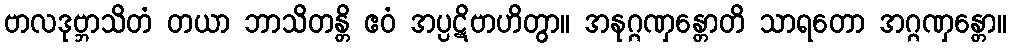
ဗာလဒုဗ္ဘာသိတံ တယာ ဘာသိတန္တိ ဧဝံ အပ္ပဋိဗာဟိတွာ။ အနုဂ္ဂဏှန္တောတိ သာရတော အဂ္ဂဏှန္တော။